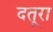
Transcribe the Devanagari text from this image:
दतूरा